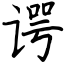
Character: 谔